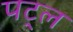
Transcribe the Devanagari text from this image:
पट्ल